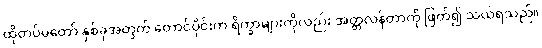
ထိုတပ်မတော် နှစ်ခုအတွက် တောင်ပိုင်းက ရိက္ခာများကိုလည်း အတ္တလန်တာကို ဖြတ်၍ သယ်ရသည်။